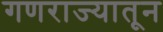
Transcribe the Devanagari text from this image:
गणराज्यातून